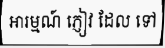
អារម្មណ៍ ភ្ញៀវ ដែល ទៅ